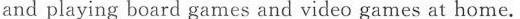
and playing board games and video games at home.